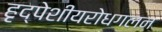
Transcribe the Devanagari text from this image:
हृद्‌पेशीयरोधगलन